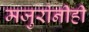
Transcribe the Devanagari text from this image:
मजुरांनीही